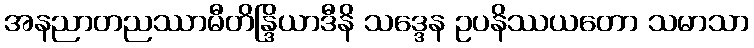
အနညာတညဿာမီတိန္ဒြိယာဒီနိ သဒ္ဒေန ဥပနိဿယတော သမာသာ